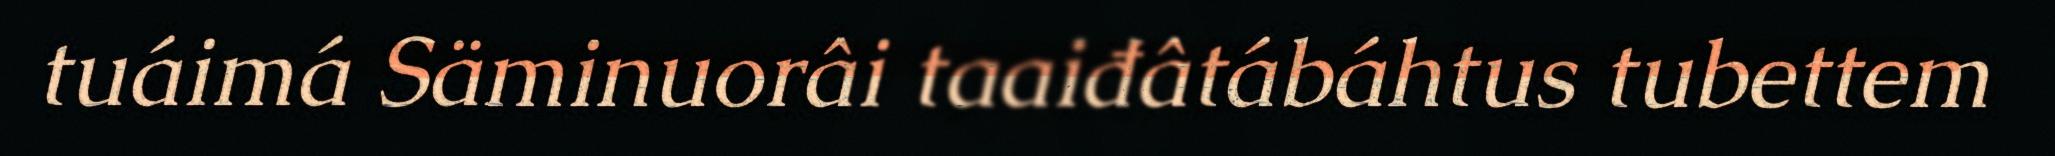
tuáimá Säminuorâi taaiđâtábáhtus tubettem